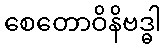
စေတောဝိနိဗဒ္ဓါ